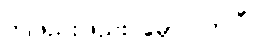
တဖြည်းဖြည်း မှောင်လာပြီ။